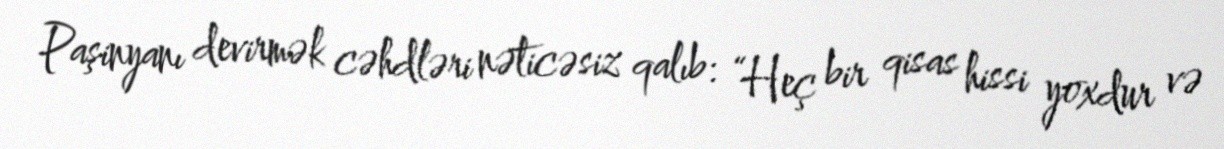
Paşinyanı devirmək cəhdləri nəticəsiz qalıb: “Heç bir qisas hissi yoxdur və